Annual administration report of the Civil Veterinary Department of India - 1897-1898
Year: 1897
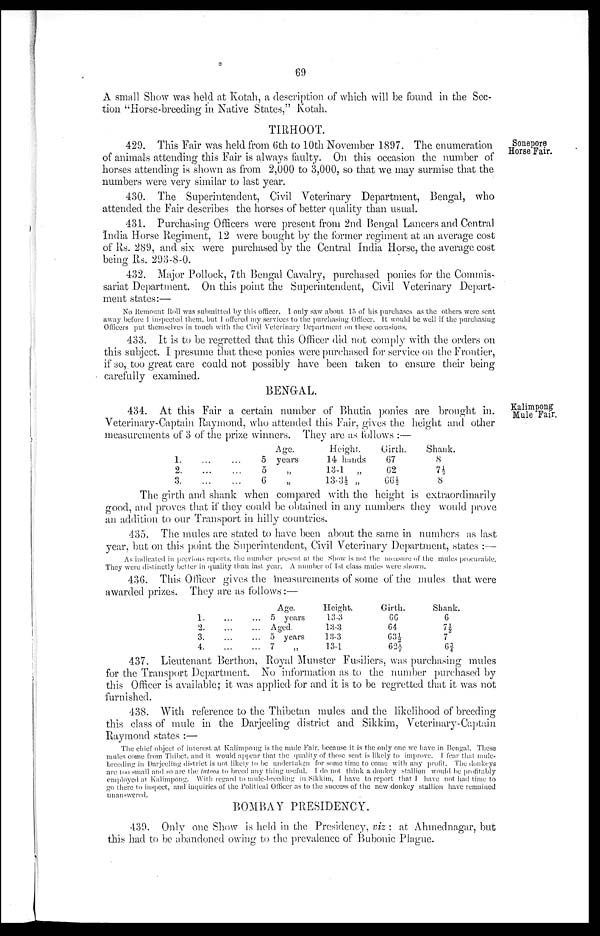
69
A small Show was held at Kotah, a description of which will be found in the Sec-
tion "Horse-breeding in Native States," Kotah.
TIRHOOT.
Sonepore
Horse Fair.
429. This Fair was held from 6th to 10th November 1897. The enumeration
of animals attending this Fair is always faulty. On this occasion the number of
horses attending is shown as from 2,000 to 3,000, so that we may surmise that the
numbers were very similar to last year.
430. The Superintendent, Civil Veterinary Department, Bengal, who
attended the Fair describes the horses of better quality than usual.
431. Purchasing Officers were present from 2nd Bengal Lancers and Central
India Horse Regiment, 12 were bought by the former regiment at an average cost
of Rs. 289, and six were purchased by the Central India Horse, the average cost
being Rs. 293-8-0.
432. Major Pollock, 7th Bengal Cavalry, purchased ponies for the Commis-
sariat Department. On this point the Superintendent, Civil Veterinary Depart-
ment states:—
No Remount Roll was submitted by this officer. I only saw about 15 of his purchases as the others were sent
away before I inspected them, but I offered my services to the purchasing Officer. It would be well if the purchasing
Officers put themselves in touch with the Civil Veterinary Department on these occasions.
433. It is to be regretted that this Officer did not comply with the orders on
this subject. I presume that these ponies were purchased for service on the Frontier,
if so, too great care could not possibly have been token to ensure their being
carefully examined.
BENGAL.
Kalimpong
Mule Fair.
434. At this Fair a certain number of Bhutia ponies are brought in.
Veterinary-Captain Raymond, who attended this Fair, gives the height and other
measurements of 3 of the prize winners. They are as follows:—
1. ... ...
2. ... ...
3. ... ...
Age.
5 years
5 „
6
„
Height.
14 hands
13-1 „
13-3½ „
Girth.
67
62
66½
Shank.
8
7½
8
The girth and shank when compared with the height is extraordinarily
good, and proves that if they could be obtained in any numbers they would prove
an addition to our Transport in hilly countries.
435. The mules are stated to have been about the same in numbers as last
year, but on this point the Superintendent, Civil Veterinary Department, states:—
As indicated in previous reports, the number present at the Show is not the measure of the mules procurable.
They were distinctly better in quality than last year. A number of 1st class mules were shown.
436. This Officer gives the measurements of some of the mules that were
awarded prizes. They are as follows:—
1. ... ...
2. ... ...
3. ... ...
4. ... ...
Age.
5 years
Aged.
5 years
7
„
Height.
13-3
13-3
13-3
13-1
Girth.
66
64
63½
62½
Shank.
6
7½ 7
63/4
437. Lieutenant Berthon, Royal Minister Fusiliers, was purchasing mules
for the Transport Department. No information as to the number purchased by
this Officer is available; it was applied for and it is to be regretted that it was not
furnished.
438. With reference to the Thibetan mules and the likelihood of breeding
this class of mule in the Darjeeling district and Sikkim, Veterinary-Captain
Raymond states:—
The chief object of interest at Kalimpong is the mule Fair, because it is the only one we have in Bengal. These
mules come from Thibet, and it would appear that the quality of those sent is likely to improve. I fear that mule-
breeding in Darjeeling district is not likely to be undertaken for some time to come with any profit. The donkeys
are too small and so are the tatoos to breed any thing useful. I do not think a donkey stallion would be profitably
employed at Kalimpong. With regard to mule-breeding in Sikkim. I have to report that I have not had time to
go there to inspect, and inquiries of the Political Officer as to the success of the new donkey stallion have remained
unanswered.
BOMBAY PRESIDENCY.
439. Only one Show is held in the Presidency, viz: at Ahmednagar, but
this had to be abandoned owing to the prevalence of Bubonic Plague.